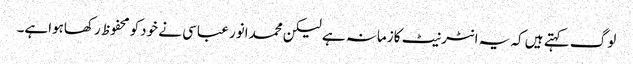
لوگ کہتے ہیں کہ یہ انٹرنیٹ کازمانہ ہے لیکن محمدانور عباسی نے خودکو محفوظ رکھاہواہے۔